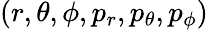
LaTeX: (r,\theta,\phi,p_{r},p_{\theta},p_{\phi})